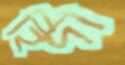
হিদা